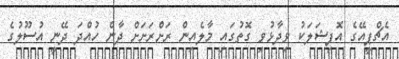
އެޗްޕީއޭގެ އޮފިޝަލަކު ވިދާޅުވި ގޮތުގައި މާލެއިން ރަށްރަށަށް ދާން ހުއްދަ ދޭނީ އުސޫލުގެ